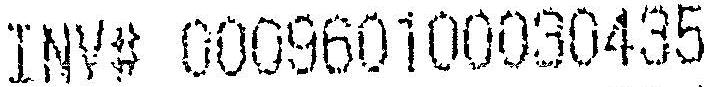
INV# 000960100030435